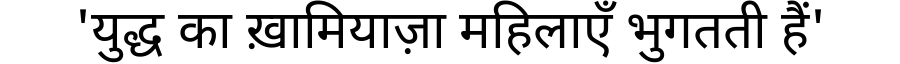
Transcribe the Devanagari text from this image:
'युद्ध का ख़ामियाज़ा महिलाएँ भुगतती हैं'